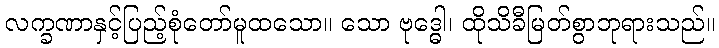
လက္ခဏာနှင့်ပြည့်စုံတော်မူထသော။ သော ဗုဒ္ဓေါ၊ ထိုသိခီမြတ်စွာဘုရားသည်။